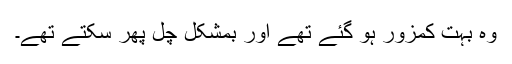
وہ بہت کمزور ہو گئے تھے اور بمشکل چل پھر سکتے تھے۔